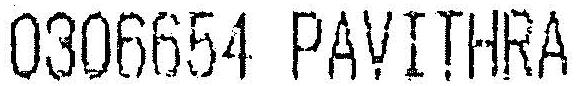
0306654 PAVITHRA